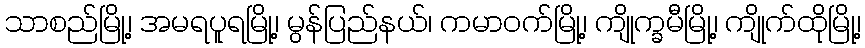
သာစည်မြို့၊ အမရပူရမြို့၊ မွန်ပြည်နယ်၊ ကမာဝက်မြို့၊ ကျိုက္ခမီမြို့၊ ကျိုက်ထိုမြို့၊